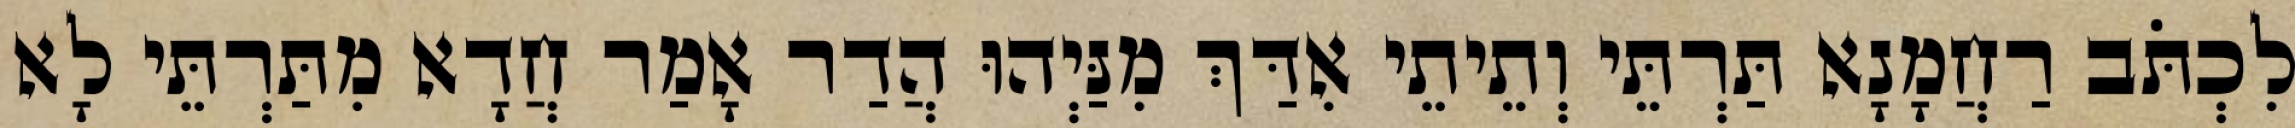
לִכְתֹּב רַחֲמָנָא תַּרְתֵּי וְתֵיתֵי אִדַּךְ מִנַּיְהוּ הֲדַר אָמַר חֲדָא מִתַּרְתֵּי לָא